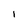
Character: I